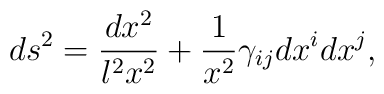
ds^2=\frac{dx^2}{l^2x^2}+\frac 1{x^2}\gamma _{ij}dx^idx^j,